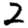
Digit: 2